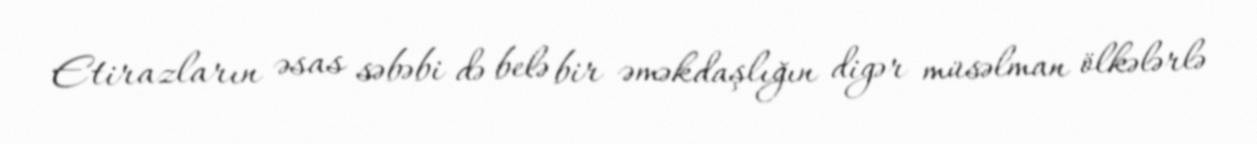
Etirazların əsas səbəbi də belə bir əməkdaşlığın digər müsəlman ölkələrlə